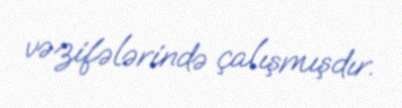
vəzifələrində çalışmışdır.